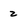
Character: 2